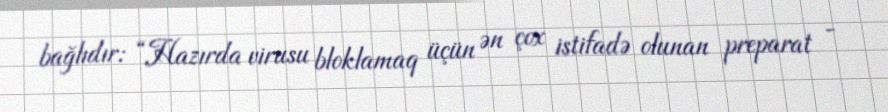
bağlıdır: “Hazırda virusu bloklamaq üçün ən çox istifadə olunan preparat -